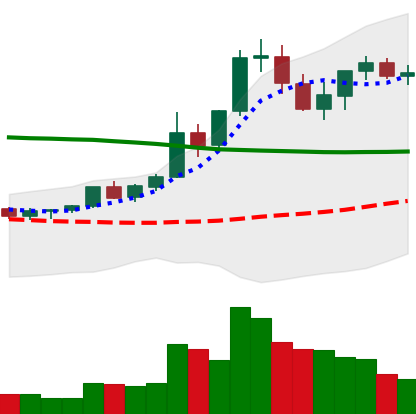
Ticker: XRP-USD
Chart end date: 2021-08-22
Forward return: -3.197%
Label: down_3_5